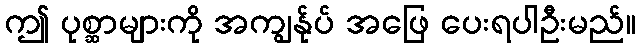
ဤ ပုစ္ဆာများကို အကျွန်ုပ် အဖြေ ပေးရပါဦးမည်။